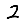
Digit: 2